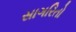
સાગરિતો